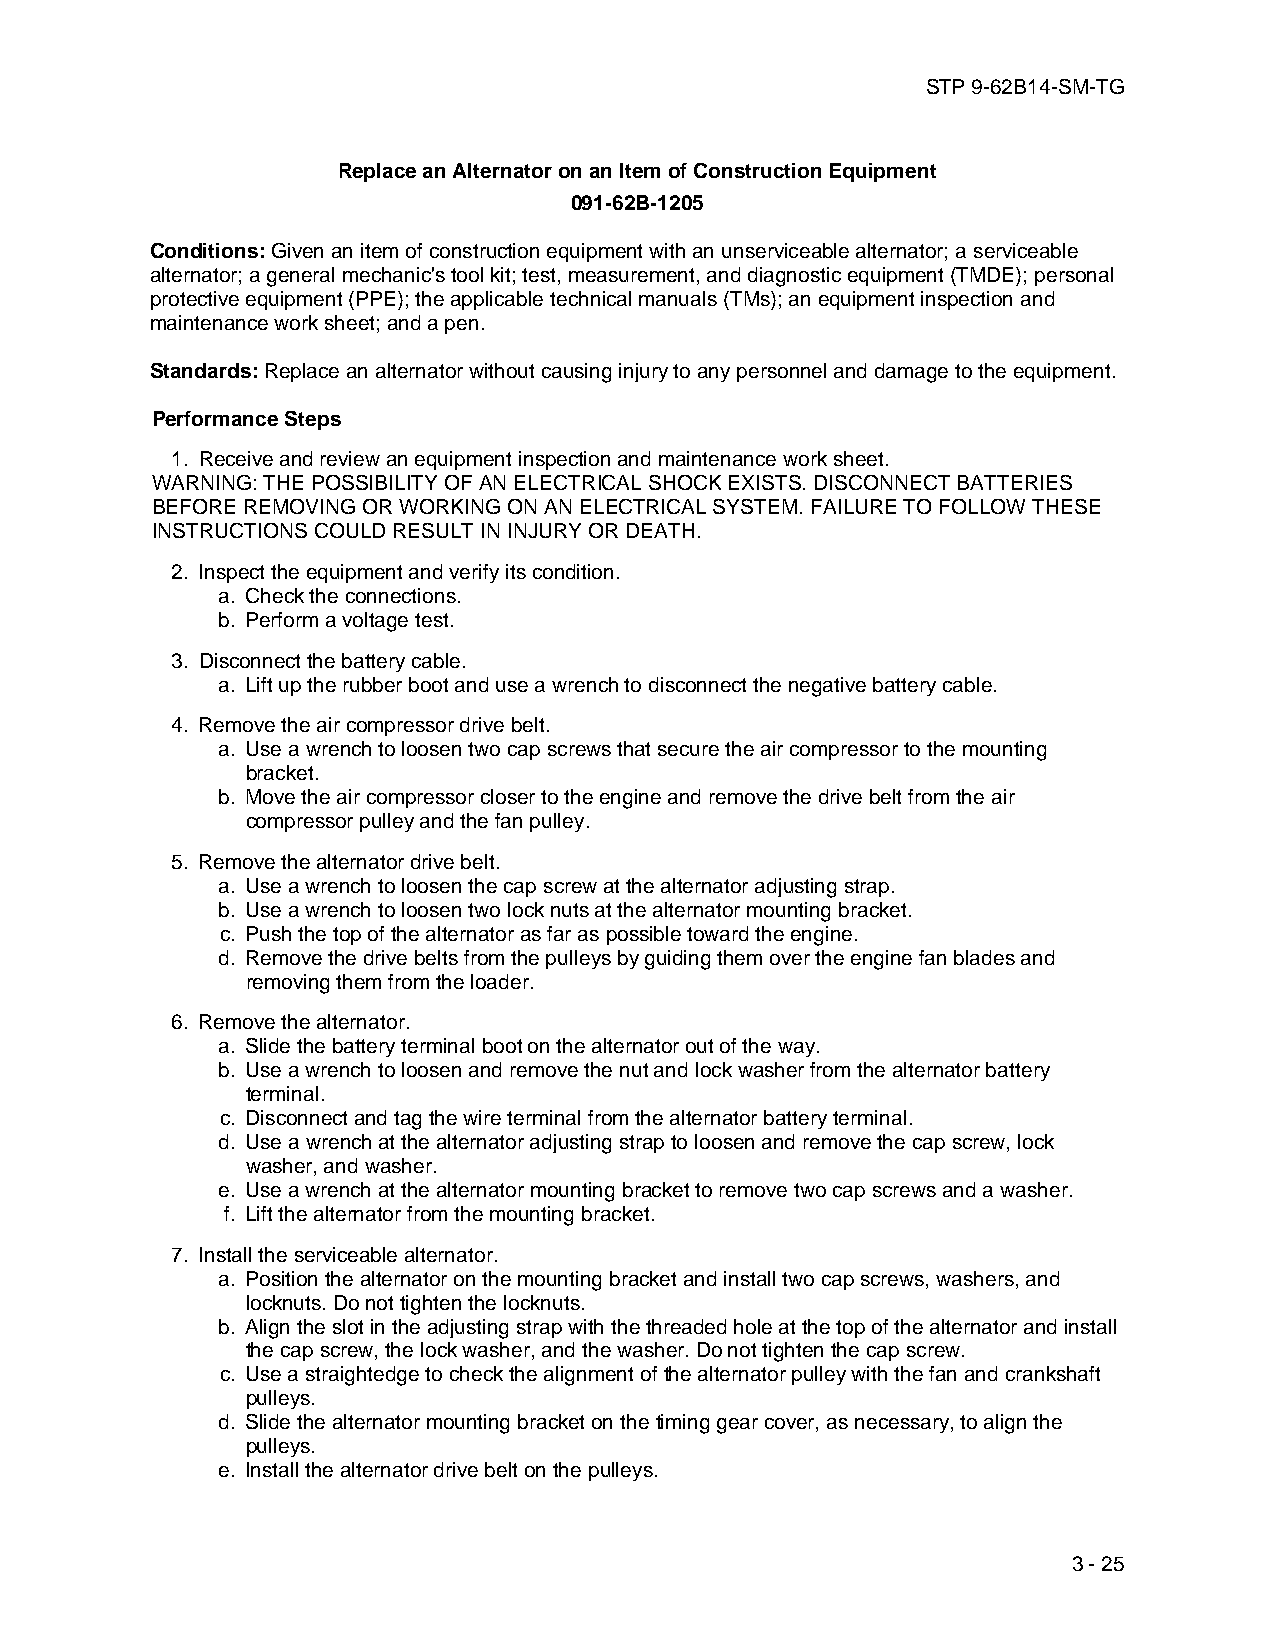
STP 9-62B14-SM-TG
 Replace an Alternator on an Item of Construction Equipment
 091-62B-1205
 Conditions: Given an item of construction equipment with an unserviceable alternator; a serviceable
 alternator; a general mechanic's tool kit; test, measurement, and diagnostic equipment (TMDE); personal
 protective equipment (PPE); the applicable technical manuals (TMs); an equipment inspection and
 maintenance work sheet; and a pen.
 Standards: Replace an alternator without causing injury to any personnel and damage to the equipment.
 Performance Steps
 1. Receive and review an equipment inspection and maintenance work sheet.
 WARNING: THE POSSIBILITY OF AN ELECTRICAL SHOCK EXISTS. DISCONNECT BATTERIES
 BEFORE REMOVING OR WORKING ON AN ELECTRICAL SYSTEM. FAILURE TO FOLLOW THESE
 INSTRUCTIONS COULD RESULT IN INJURY OR DEATH.
 2. Inspect the equipment and verify its condition.
 a. Check the connections.
 b. Perform a voltage test.
 3. Disconnect the battery cable.
 a. Lift up the rubber boot and use a wrench to disconnect the negative battery cable.
 4. Remove the air compressor drive belt.
 a. Use a wrench to loosen two cap screws that secure the air compressor to the mounting
 bracket.
 b. Move the air compressor closer to the engine and remove the drive belt from the air
 compressor pulley and the fan pulley.
 5. Remove the alternator drive belt.
 a. Use a wrench to loosen the cap screw at the alternator adjusting strap.
 b. Use a wrench to loosen two lock nuts at the alternator mounting bracket.
 c. Push the top of the alternator as far as possible toward the engine.
 d. Remove the drive belts from the pulleys by guiding them over the engine fan blades and
 removing them from the loader.
 6. Remove the alternator.
 a. Slide the battery terminal boot on the alternator out of the way.
 b. Use a wrench to loosen and remove the nut and lock washer from the alternator battery
 terminal.
 c. Disconnect and tag the wire terminal from the alternator battery terminal.
 d. Use a wrench at the alternator adjusting strap to loosen and remove the cap screw, lock
 washer, and washer.
 e. Use a wrench at the alternator mounting bracket to remove two cap screws and a washer.
 f. Lift the alternator from the mounting bracket.
 7. Install the serviceable alternator.
 a. Position the alternator on the mounting bracket and install two cap screws, washers, and
 locknuts. Do not tighten the locknuts.
 b. Align the slot in the adjusting strap with the threaded hole at the top of the alternator and install
 the cap screw, the lock washer, and the washer. Do not tighten the cap screw.
 c. Use a straightedge to check the alignment of the alternator pulley with the fan and crankshaft
 pulleys.
 d. Slide the alternator mounting bracket on the timing gear cover, as necessary, to align the
 pulleys.
 e. Install the alternator drive belt on the pulleys.
 3 - 25